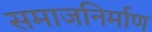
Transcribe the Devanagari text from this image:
समाजनिर्माण